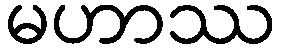
မဟာဿ